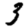
Digit: 3